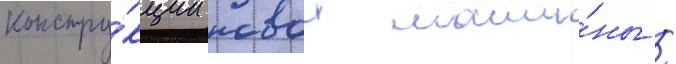
констру́кции новои маши́ны /